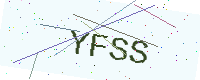
Text: YFSS